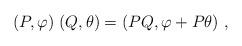
LaTeX: \begin{align*}(P,\varphi)\;(Q,\theta)=(PQ, \varphi+P\theta)~,\end{align*}